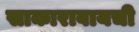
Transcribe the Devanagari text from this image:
साकारावायची